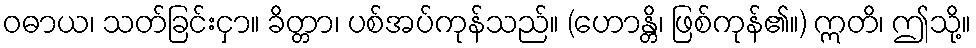
ဝဓာယ၊ သတ်ခြင်းငှာ။ ခိတ္တာ၊ ပစ်အပ်ကုန်သည်။ (ဟောန္တိ၊ ဖြစ်ကုန်၏။) ဣတိ၊ ဤသို့။